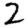
Digit: 2